Leprosy in India: report of the Leprosy Commission in India, 1890-91
Year: 1890
Disease focus: Leprosy
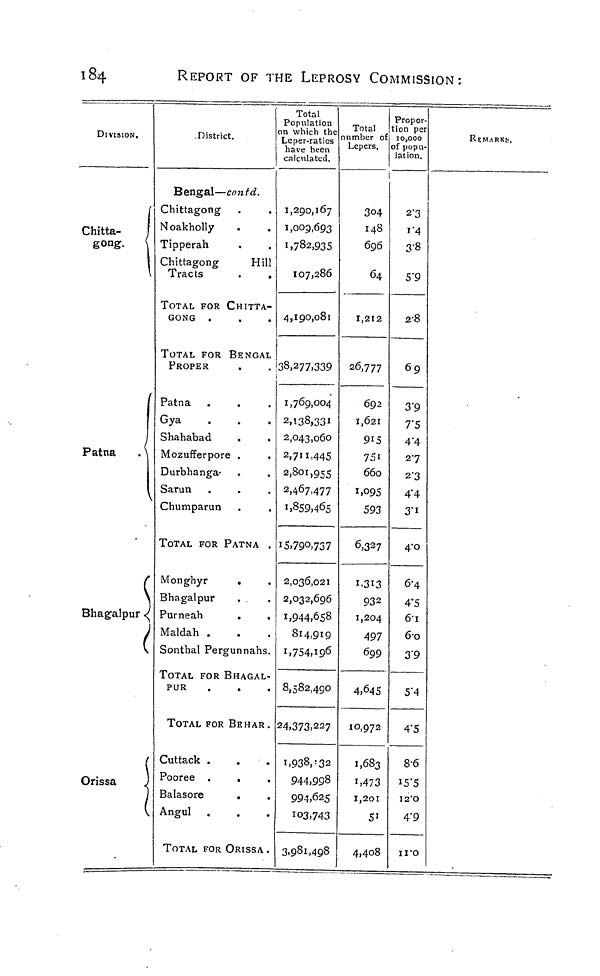
184
REPORT OF THE LEPROSY COMMISSION:
DIVISION.
Chitta-
gong.
Patna
(
Bhagalpur (
Orissa
<
1
District.
Bengal—cnntd.
Chittagong .
.
l^oakholly
.
.
Tipperah
.
,
Chittagong
Hill
Tracts
TOTAL FOR CHITTA-
GONG .
TOTAL FOR BENGAL
PROPER
Patna .
Gya
Shahabad
.
.
Mozufferpore .
.
Durbhanga-
Sarun
Chumparun
TOTAL FOR PATNA .
Monghyr
.
Bhagalpur
.
Purneah
Maldah .
Sonthal Pergunnahs.
TOTAL FOR BHAGAL-
PUR
.
.
TOTAL FOR BEHAR.
Cuttack .
Pooree .
.
Balasore
Angul
TOTAL FOR ORISSA .
Total
Population
in which the
Leper-ratios
have been
calculated.
1,290,167
I,OOp,693
1,782,935
107,286
4,190,081
38,277,339
1,769,004
2,138,331
2,043,060
2,7H.445
2,801,955
2,467.477
1,859,465
i5>79°>737
2,036,021
2,032,696
1,944,658
814,919
1,754,19 6
8,582,490
24,373,227
1,938/32
944,998
994,625
103,743
3,981,498
Total
lumber of
Lepers.
1
3O4
148
696
64
1,212
26,777
692
1,621
915
751
660
1,095
593
6,3 2 7
1.313
932
1,204
497
699
4,645
10,972
1,683
1,473
1,201
5i
4,408
Propor-
ion per
10,000
sf popu-
lation.
2'3
1 "4
3-8
S'9
2-8
69
3"9
7"5
4"4
27
2'3
4'4
3"i
4-0
6-4
4"5
61
60
3'9
5"4
4'5
8-6
i5"5
I2'O
4"9
110
REMARKS.